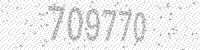
Solution: 709770